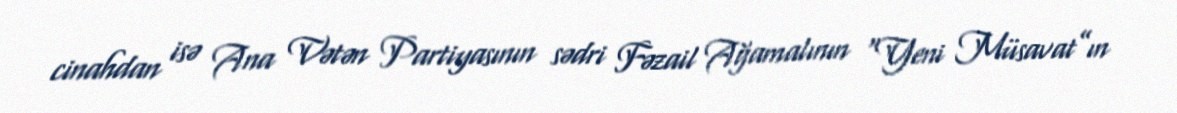
cinahdan isə Ana Vətən Partiyasının sədri Fəzail Ağamalının “Yeni Müsavat”ın